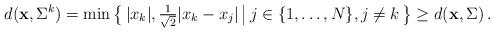
LaTeX: \begin{align*} d({\bf x},\Sigma^{k}) = \min\big\{\,|x_k|, \tfrac{1}{\sqrt{2}}|x_k-x_{j}|\,\big|\, j\in\{1,\ldots,N\}, j\neq k\,\big\}\ge d({\bf x},\Sigma)\,.\end{align*}